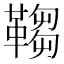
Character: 𩌄